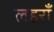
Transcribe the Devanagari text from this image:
लहराँ